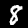
Digit: 8